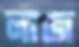
লাজ